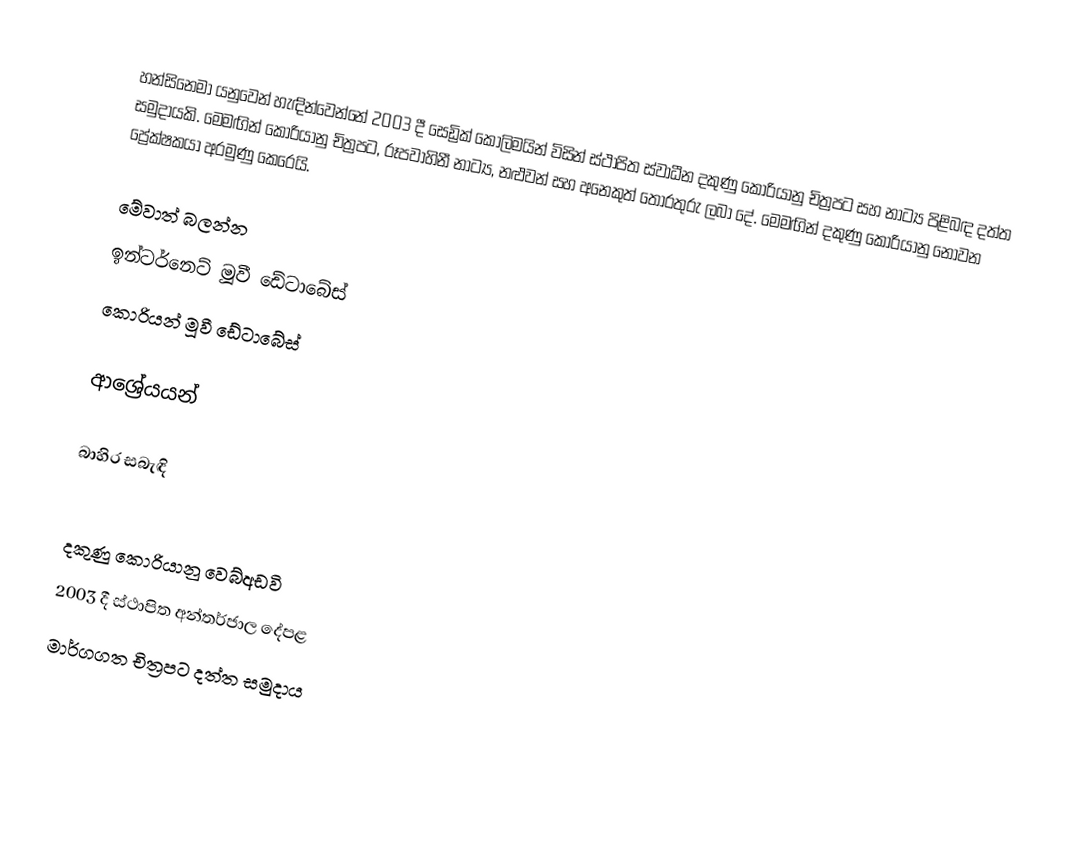
හන්සිනෙමා යනුවෙන් හැඳින්වෙන්නේ 2003 දී සෙඩ්‍රික් කොලිමයින් විසින් ස්ථාපිත ස්වාධීන දකුණු කොරියානු චිත්‍රපට සහ නාට්‍ය පිළිබඳ දත්ත සමුදායකි. මෙමඟින් කොරියානු චිත්‍රපට, රූපවාහිනී නාට්‍ය, නළුවන් සහ අනෙකුත් තොරතුරු ලබා දේ. මෙමඟින් දකුණු කොරියානු නොවන ප්‍රේක්ෂකයා අරමුණු කෙරෙයි.

මේවාත් බලන්න
 ඉන්ටර්නෙට් මූවී ඩේටාබේස්
 කොරියන් මූවී ඩේටාබේස්

ආශ්‍රේයයන්

බාහිර සබැඳි

දකුණු කොරියානු වෙබ්අඩවි
2003 දී ස්ථාපිත අන්තර්ජාල දේපළ
මාර්ගගත චිත්‍රපට දත්ත සමුදාය